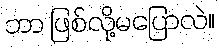
ဘာ ဖြစ်လို့မပြောလဲ။